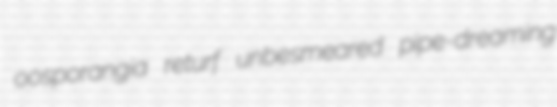
oosporangia returf unbesmeared pipe-dreaming